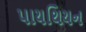
પાયથિયન